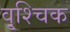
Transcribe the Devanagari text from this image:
वृ्श्चिक